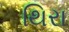
થિરા